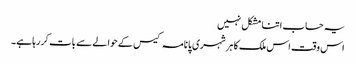
یہ حساب اتنا مشکل نہیں
اس وقت اس ملک کا ہر شہری پانامہ کیس کے حوالے سے بات کر رہا ہے۔